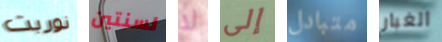
نوربت لسنتين لا إلى متبادل الغبار